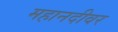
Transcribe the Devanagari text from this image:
महानदीवर